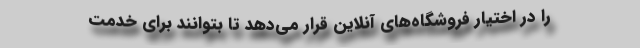
را در اختیار فروشگاه‌های آنلاین قرار می‌دهد تا بتوانند برای خدمت‌